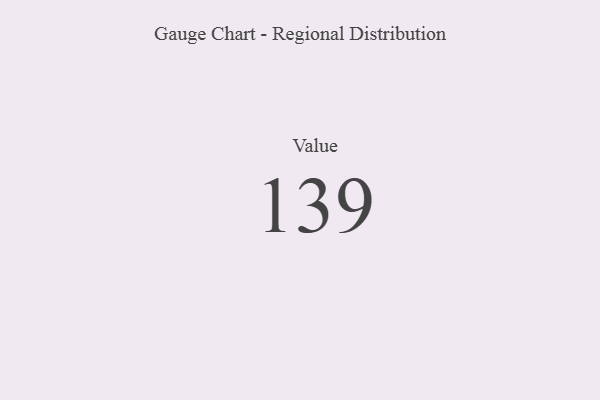
{"axis": {"x": "Metric", "y": "Value"}, "legend": [""], "data": [{"x": "Value", "y": 139, "type": ""}]}